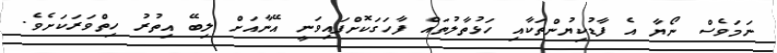
ނަމަވެސް ނޯޔާ އެ ފާޑުކިޔުންތަކާއި ހަޅުތާލުތައް ފާހަގަކޮށްފައިވަނީ އޭނާއަށް ލިބޭ އިތުރު ހިތްވަރަކަށެވެ.